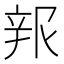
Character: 𰺦